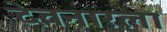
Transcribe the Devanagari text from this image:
देवनारला